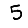
Digit: 5